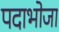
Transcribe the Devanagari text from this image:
पदाभोजा